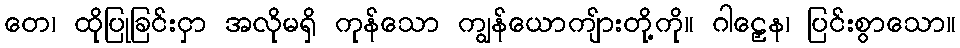
တေ၊ ထိုပြုခြင်းငှာ အလိုမရှိ ကုန်သော ကျွန်ယောကျ်ားတို့ကို။ ဂါဠှေန၊ ပြင်းစွာသော။